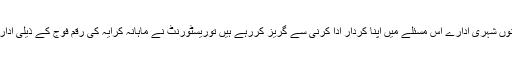
جب ہوٹل انتظامیہ کو یقین ہوگیا کہ دونوں شہری ادارے اس مسئلے میں اپنا کردار ادا کرنی سے گریز کررہے ہیں توریسٹورنٹ نے ماہانہ کرایہ کی رقم فوج کے ذیلی ادارے کے پاس جمع کروانا شروع کردی۔